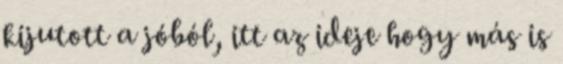
kijutott a jóból, itt az ideje hogy más is